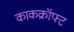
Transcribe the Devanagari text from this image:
काकक्रॉफ्ट